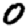
Digit: 0